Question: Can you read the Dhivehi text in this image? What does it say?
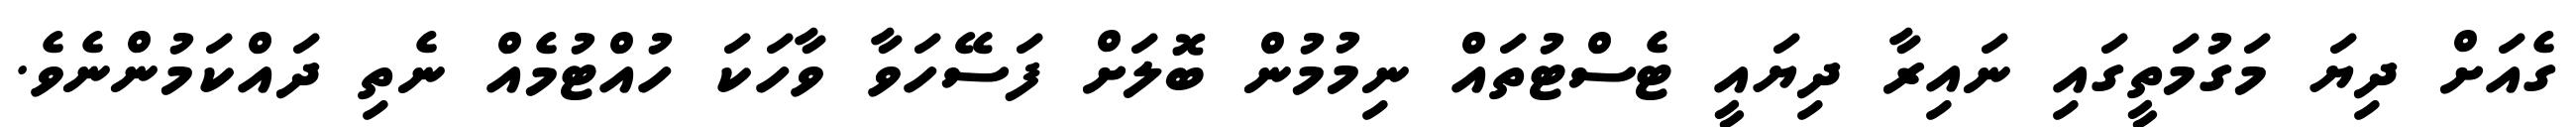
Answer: ގެއަށް ދިޔަ މަގުމަތީގައި ނައިރާ ދިޔައީ ޓެސްޓުތައް ނިމުމުން ބޮލަށް ފަސޭހަވާ ވާހަކަ ހުއްޓުމެއް ނެތި ދައްކަމުންނެވެ.